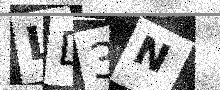
Text: LD3N